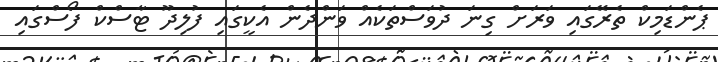
ޕެންޑަމިކް ތެރޭގައި ވަރަށް ގިނަ ދުވަސްތަކެއް ވަންދެން އެކީގައި ފުލިދޫ ޓާސްކް ފޯސްގައި